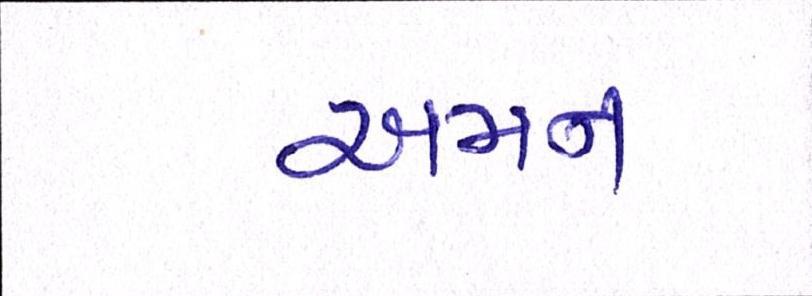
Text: અમન